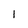
Character: I